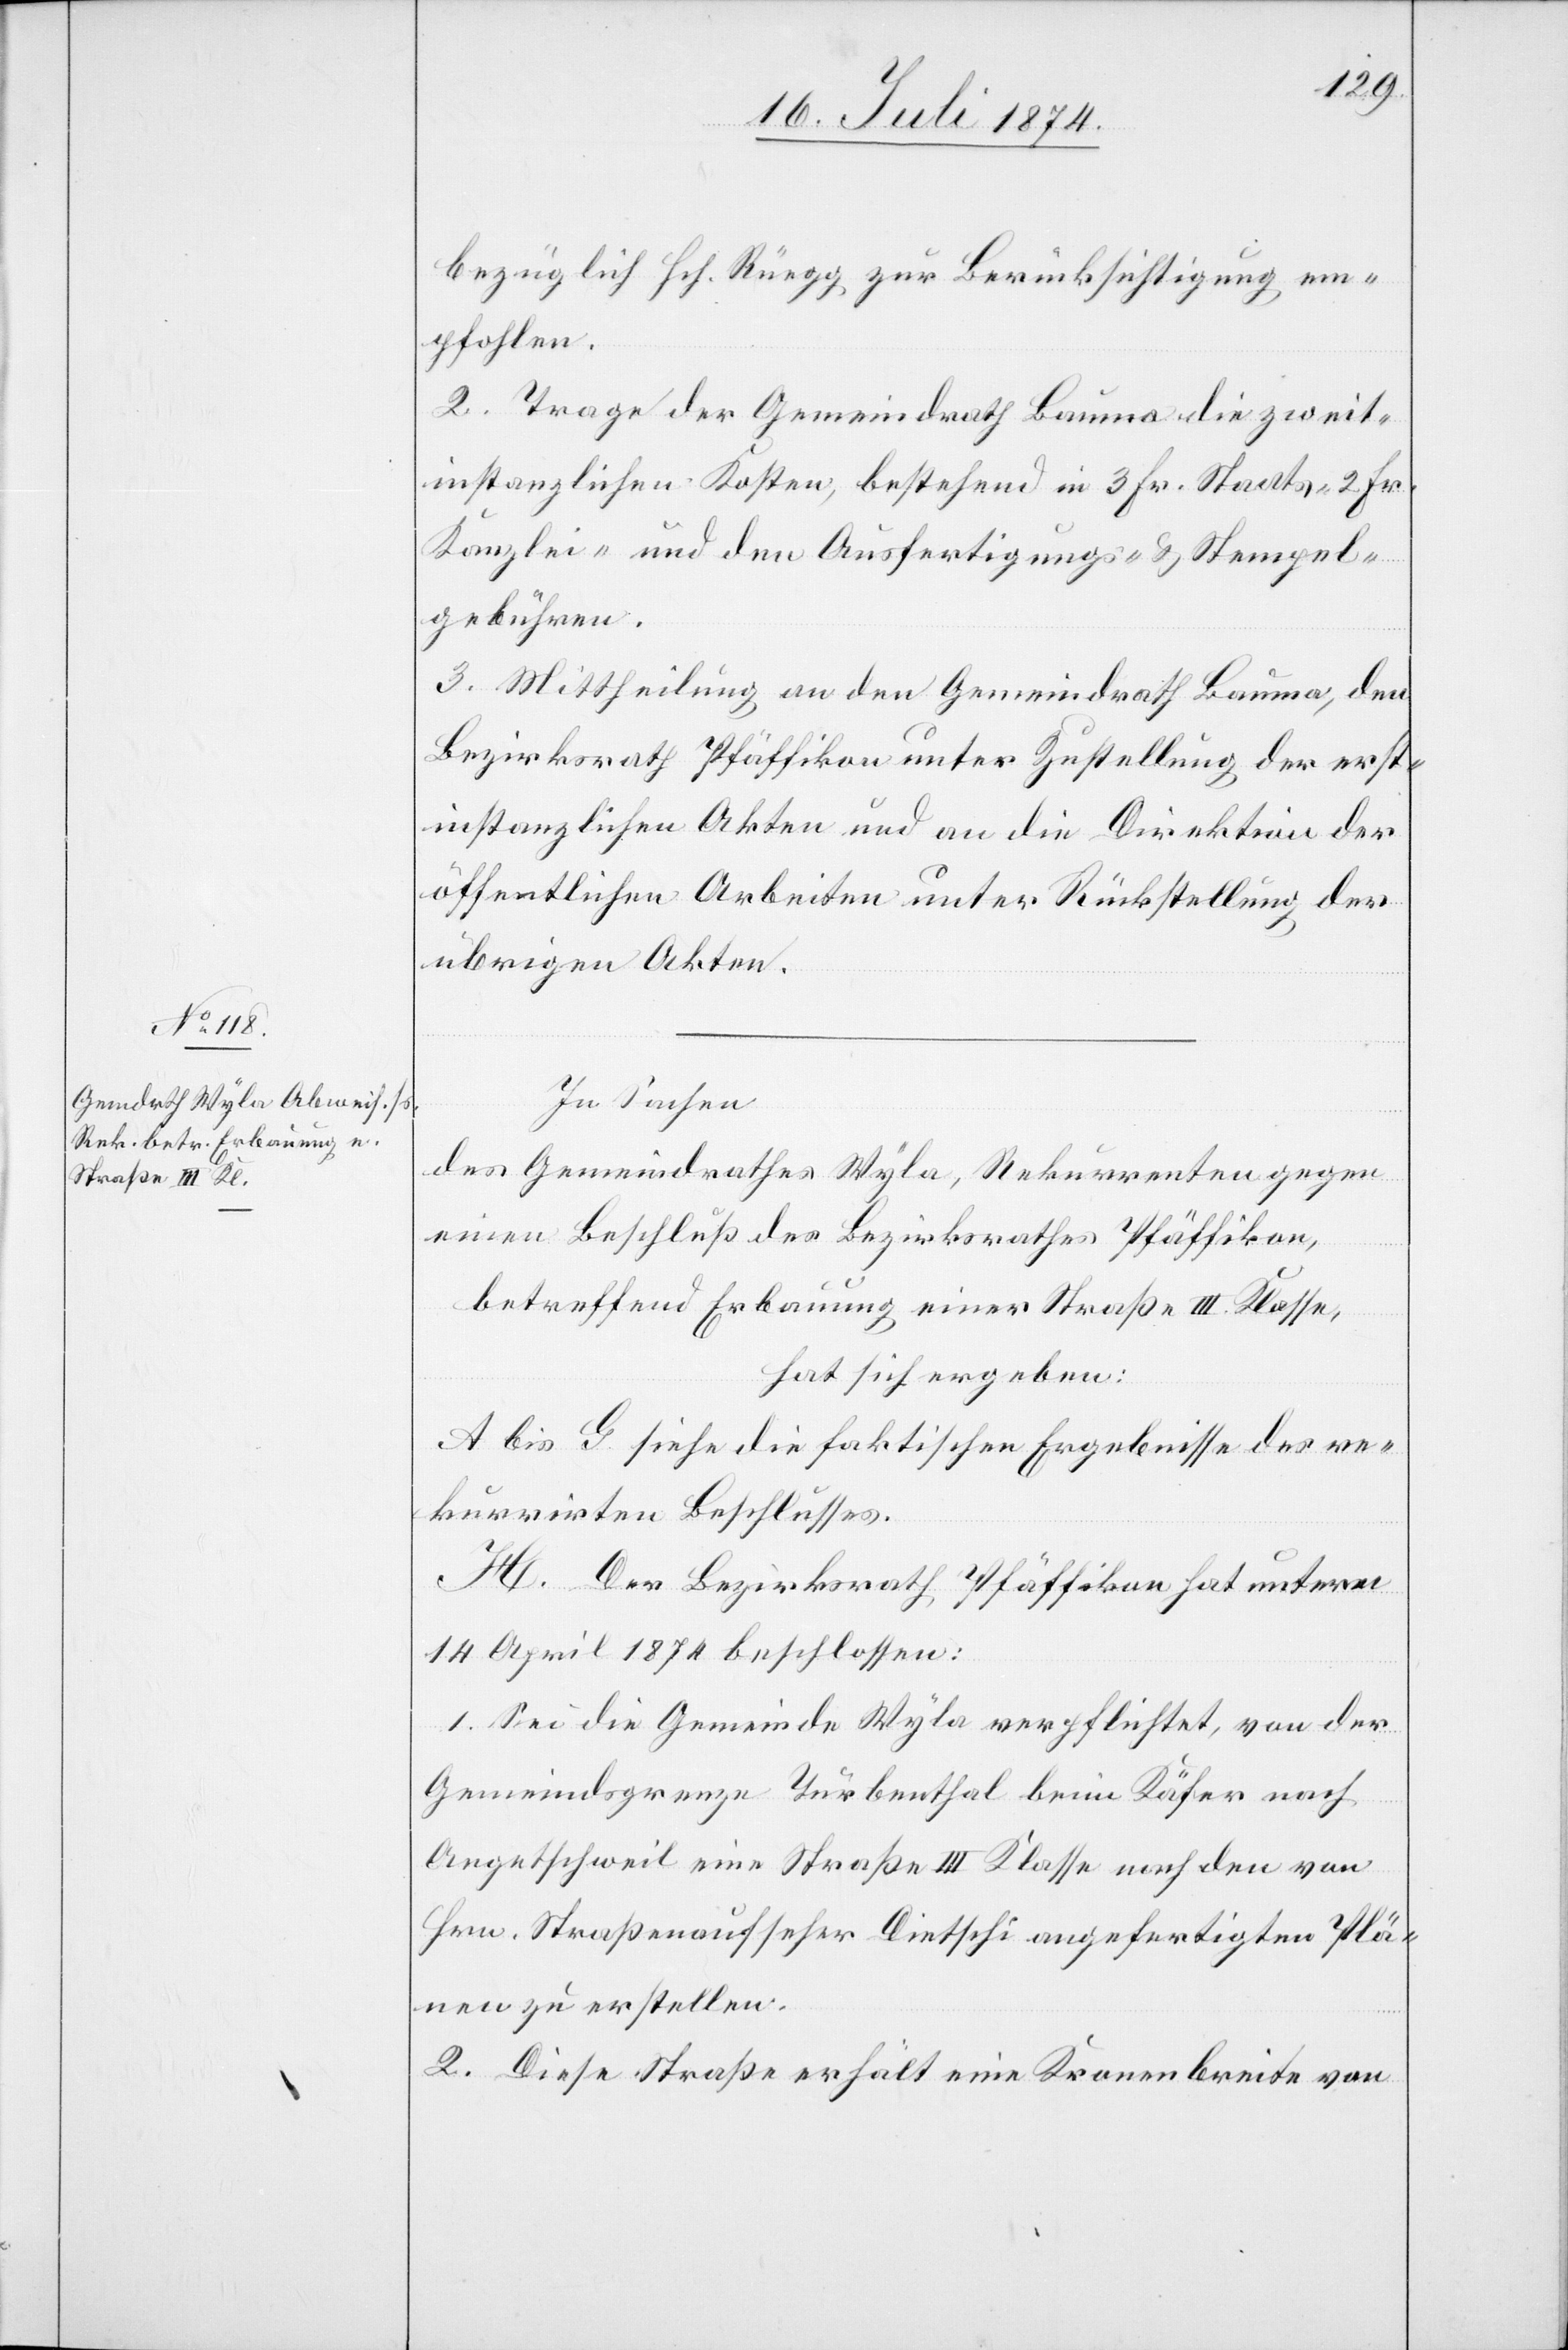
bezüglich Hch. Rüegg zur Berücksichtigung em¬
pfohlen.
2. Trage der Gemeindrath Bauma die zweit¬
instanzlichen Kosten, bestehend in 3 Fr. Staats [,] 2 Fr.
Kanzlei- und den Ausfertigungs- u. Stempel¬
gebühren.
3. Mittheilung an den Gemeindrath Bauma, den
Bezirksrath Pfäffikon unter Zustellung der erst¬
instanzlichen Akten und an die Direktion der
öffentlichen Arbeiten unter Rückstellung der
übrigen Akten.
In Sachen
des Gemeindrathes Wyla, Rekurrenten gegen
einen Beschluß des Bezirksrathes Pfäffikon,
betreffend Erbauung einer Straße III. Klasse,
hat sich ergeben:
A. bis G. siehe die faktischen Ergebnisse des re¬
kurrirten Beschlusses.
H. Der Bezirksrath Pfäffikon hat unterm
14. April 1874 beschlossen:
1. Sei die Gemeinde Wyla verpflichtet, von der
Gemeindsgrenze Turbenthal beim Käfer nach
Aegetschweil eine Straße III. Klasse nach den von
Hrn. Straßenaufseher Dietschi angefertigten Plä¬
nen zu erstellen.
2. Diese Straße erhält eine Kronenbreite von